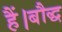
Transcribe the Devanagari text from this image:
हैं।बौद्ध